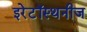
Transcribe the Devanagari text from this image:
इरेटॉस्थनीज